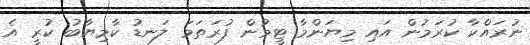
ނުރައްކާ ކުރަމުން އައި މިޔަންމާ ޓީމުން ފުރަތަމަ ލަނޑު ކާމިޔާބު ކުރީ އެ